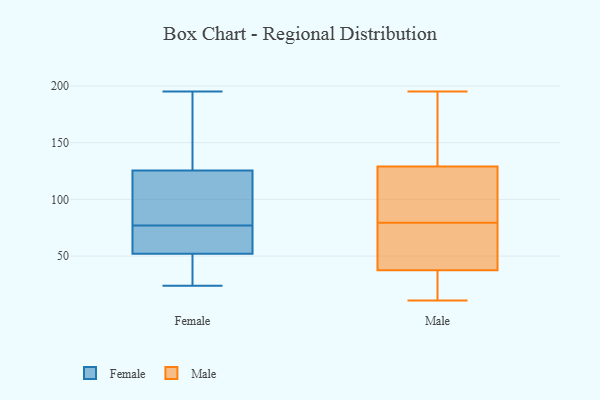
{"axis": {"x": "Satisfaction Score", "y": "Value"}, "legend": ["Female", "Male"], "data": [{"x": "", "y": 76, "type": "Female"}, {"x": "", "y": 77, "type": "Female"}, {"x": "", "y": 121, "type": "Female"}, {"x": "", "y": 179, "type": "Female"}, {"x": "", "y": 111, "type": "Female"}, {"x": "", "y": 24, "type": "Female"}, {"x": "", "y": 195, "type": "Female"}, {"x": "", "y": 44, "type": "Female"}, {"x": "", "y": 58, "type": "Female"}, {"x": "", "y": 46, "type": "Female"}, {"x": "", "y": 105, "type": "Female"}, {"x": "", "y": 139, "type": "Female"}, {"x": "", "y": 54, "type": "Female"}, {"x": "", "y": 110, "type": "Male"}, {"x": "", "y": 34, "type": "Male"}, {"x": "", "y": 62, "type": "Male"}, {"x": "", "y": 26, "type": "Male"}, {"x": "", "y": 149, "type": "Male"}, {"x": "", "y": 195, "type": "Male"}, {"x": "", "y": 23, "type": "Male"}, {"x": "", "y": 11, "type": "Male"}, {"x": "", "y": 79, "type": "Male"}, {"x": "", "y": 37, "type": "Male"}, {"x": "", "y": 166, "type": "Male"}, {"x": "", "y": 60, "type": "Male"}, {"x": "", "y": 148, "type": "Male"}, {"x": "", "y": 38, "type": "Male"}, {"x": "", "y": 80, "type": "Male"}, {"x": "", "y": 98, "type": "Male"}, {"x": "", "y": 107, "type": "Male"}, {"x": "", "y": 108, "type": "Male"}, {"x": "", "y": 170, "type": "Male"}, {"x": "", "y": 52, "type": "Male"}]}